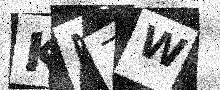
Text: KN7W